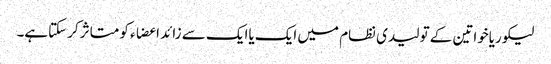
لیکوریاخواتین کے تولیدی نظام میں ایک یاایک سے زائد اعضاء کو متاثر کرسکتاہے۔